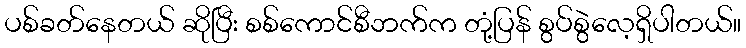
ပစ်ခတ်နေတယ် ဆိုပြီး စစ်ကောင်စီဘက်က တုံ့ပြန် စွပ်စွဲလေ့ရှိပါတယ်။